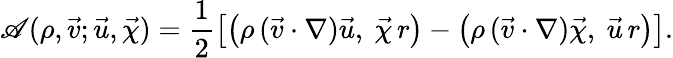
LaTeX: \mathscr{A}(\rho,\vec{v};\vec{u},\vec{\chi})=\frac{1}{2}\left[\bigl(\rho\, (\vec{v}\cdot\nabla)\vec{u},~\vec{\chi}\, r\bigr)-\bigl(\rho\, (\vec{v}\cdot\nabla)\vec{\chi},~\vec{u}\, r\bigr)\right].